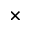
\times